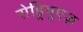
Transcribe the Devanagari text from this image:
रोड्रिगुएज़